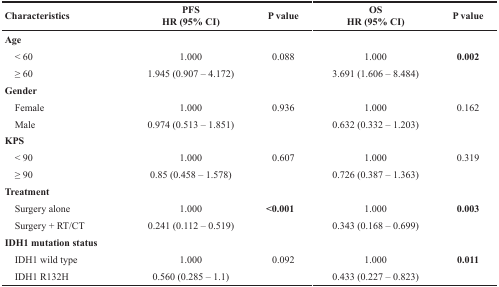
<table><thead><tr><td><b>Characteristics</b></td><td><b>PFSHR (95% CI)</b></td><td><b>P value</b></td><td><b>OSHR (95% CI)</b></td><td><b>P value</b></td></tr></thead><tbody><tr><td><b>Age</b></td><td></td><td></td><td></td><td></td></tr><tr><td> &lt; 60</td><td>1.000</td><td>0.088</td><td>1.000</td><td><b>0.002</b></td></tr><tr><td> ≥ 60</td><td>1.945 (0.907 – 4.172)</td><td></td><td>3.691 (1.606 – 8.484)</td><td></td></tr><tr><td><b>Gender</b></td><td></td><td></td><td></td><td></td></tr><tr><td> Female</td><td>1.000</td><td>0.936</td><td>1.000</td><td>0.162</td></tr><tr><td> Male</td><td>0.974 (0.513 – 1.851)</td><td></td><td>0.632 (0.332 – 1.203)</td><td></td></tr><tr><td><b>KPS</b></td><td></td><td></td><td></td><td></td></tr><tr><td> &lt; 90</td><td>1.000</td><td>0.607</td><td>1.000</td><td>0.319</td></tr><tr><td> ≥ 90</td><td>0.85 (0.458 – 1.578)</td><td></td><td>0.726 (0.387 – 1.363)</td><td></td></tr><tr><td><b>Treatment</b></td><td></td><td></td><td></td><td></td></tr><tr><td> Surgery alone</td><td>1.000</td><td><b>&lt;0.001</b></td><td>1.000</td><td><b>0.003</b></td></tr><tr><td> Surgery + RT/CT</td><td>0.241 (0.112 – 0.519)</td><td></td><td>0.343 (0.168 – 0.699)</td><td></td></tr><tr><td><b>IDH1 mutation status</b></td><td></td><td></td><td></td><td></td></tr><tr><td> IDH1 wild type</td><td>1.000</td><td>0.092</td><td>1.000</td><td><b>0.011</b></td></tr><tr><td> IDH1 R132H</td><td>0.560 (0.285 – 1.1)</td><td></td><td>0.433 (0.227 – 0.823)</td><td></td></tr></tbody></table>